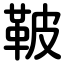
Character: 鞁